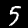
Digit: 5